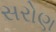
સરોણ